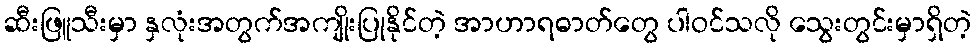
ဆီးဖြူသီးမှာ နှလုံးအတွက်အကျိုးပြုနိုင်တဲ့ အာဟာရဓာတ်တွေ ပါဝင်သလို သွေးတွင်းမှာရှိတဲ့